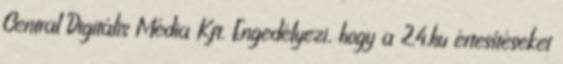
Central Digitális Média Kft. Engedélyezi, hogy a 24.hu értesítéseket